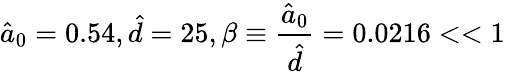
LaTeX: \hat{a}_{0}=0.54,\hat{d}=25,\beta\equiv\frac{\hat{a}_{0}}{\hat{d}}=0.0216<<1